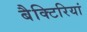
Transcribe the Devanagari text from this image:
बैक्टिरियां